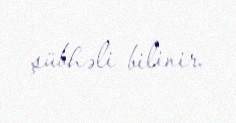
şübhəli bilinir.